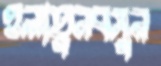
ওলাতুনবসুন